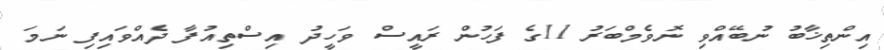
އިންތިޚާބު ނުބޭއްވި ނޮވެމްބަރު 11ގެ ފަހުން ރައީސް ވަހީދު އިސްތިއުފާ ދެއްވައިފި ނަމަ